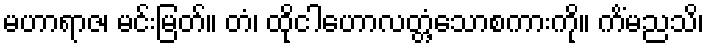
မဟာရာဇ၊ မင်းမြတ်။ တံ၊ ထိုငါဟောလတ္တံ့သောစကားကို။ ကိံမညသိ၊